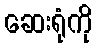
ဆေးရုံကို